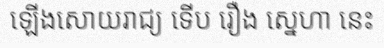
ឡើងសោយរាជ្យ ទើប រឿង ស្នេហា នេះ